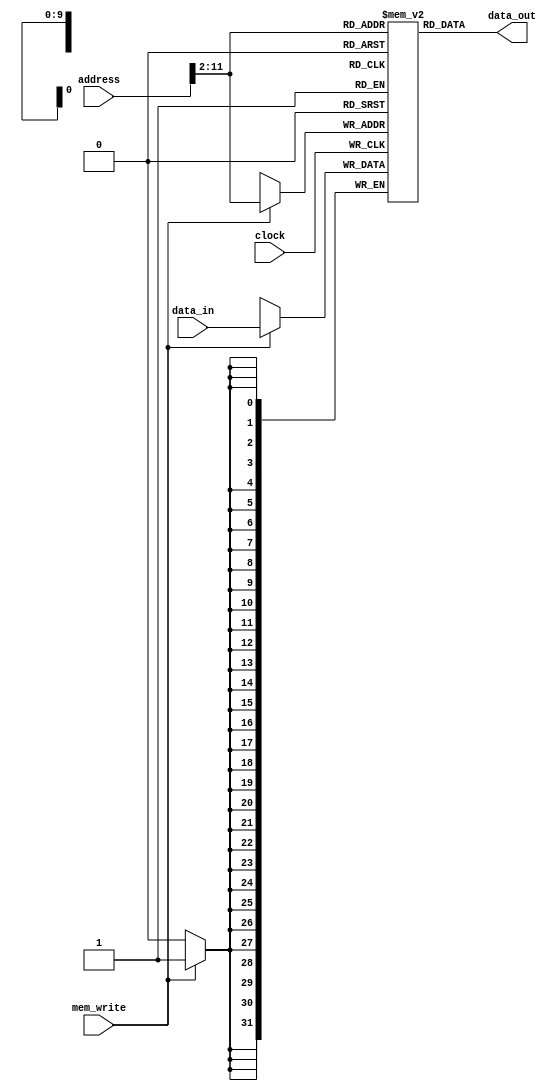
module dm(data_out,clock,mem_write,address,data_in); 

output [31:0] data_out; 

input clock;

input mem_write;

input [31:0] address;

input [31:0] data_in;



reg [31:0] data_memory[1023:0]; 

always@(posedge clock)
begin
	if(mem_write)//1
		data_memory[address[11:2]] <= data_in; 
end
assign data_out =  data_memory[address[11:2]];//

endmodule